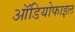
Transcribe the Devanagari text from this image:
ऑडियोफाइल